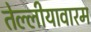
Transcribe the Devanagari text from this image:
तेल्लीयावारम